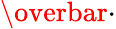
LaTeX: \overbar\cdot